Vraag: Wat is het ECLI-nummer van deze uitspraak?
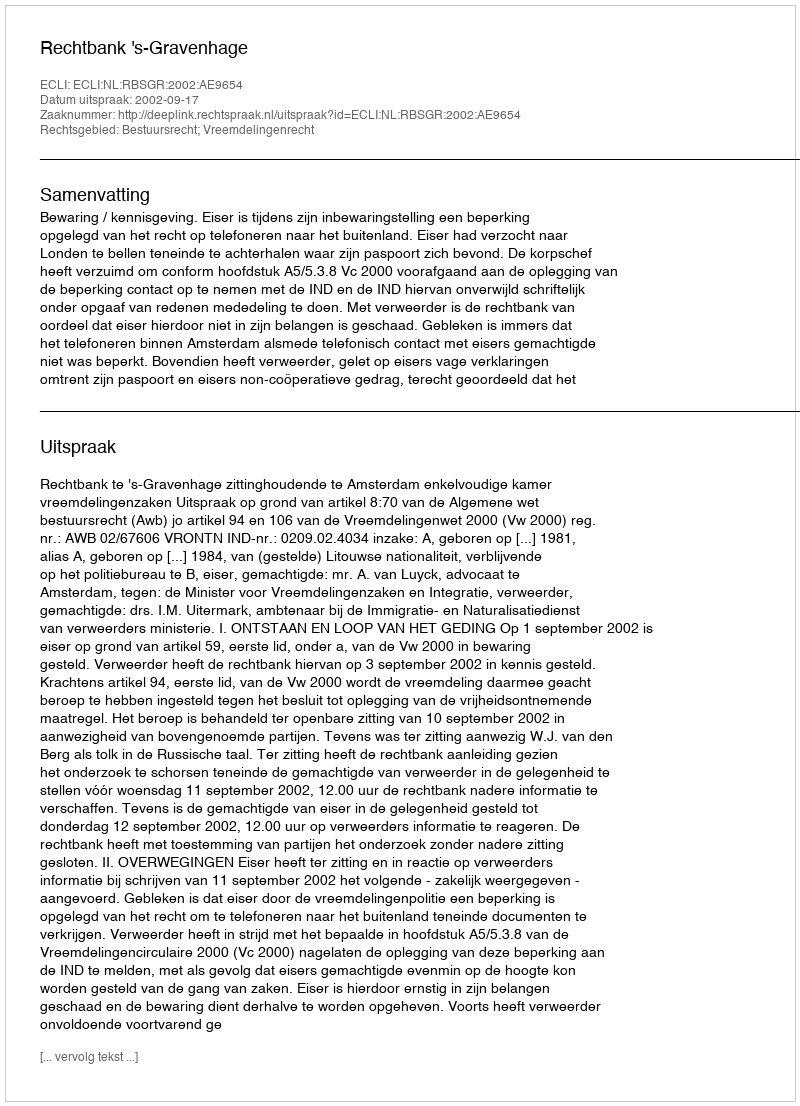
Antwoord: ECLI:NL:RBSGR:2002:AE9654